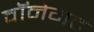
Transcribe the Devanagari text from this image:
वॉनेगट